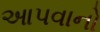
આપવાનો